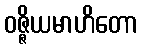
ဝဇ္ဇိယမာဟိတော